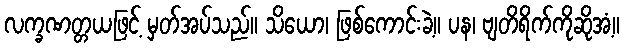
လက္ခဏတ္တယဖြင့် မှတ်အပ်သည်။ သိယော၊ ဖြစ်ကောင်းခဲ့။ ပန၊ ဗျတိရိက်ကိုဆိုအံ့။